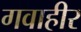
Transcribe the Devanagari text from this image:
गवाहीर